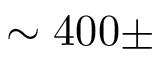
\sim 4 0 0 \pm